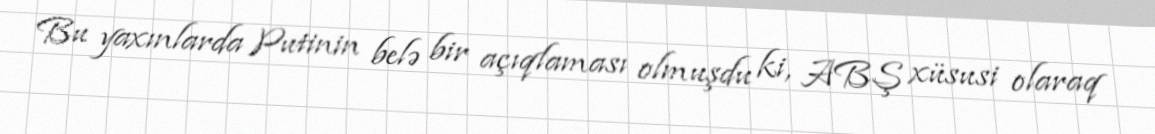
Bu yaxınlarda Putinin belə bir açıqlaması olmuşdu ki, ABŞ xüsusi olaraq